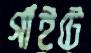
গাঁইটে